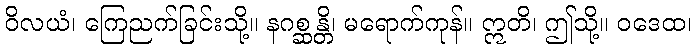
ဝိလယံ၊ ကြေညက်ခြင်းသို့။ နဂစ္ဆန္တိ၊ မရောက်ကုန်။ ဣတိ၊ ဤသို့။ ဝဒေထ၊